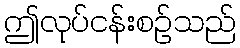
ဤလုပ်ငန်းစဉ်သည်